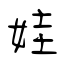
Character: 娃